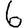
Digit: 6